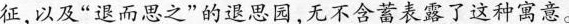
征，以及“退而思之”的退思园，无不含蓄表露了这种寓意。